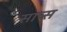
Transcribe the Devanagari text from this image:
साच्स